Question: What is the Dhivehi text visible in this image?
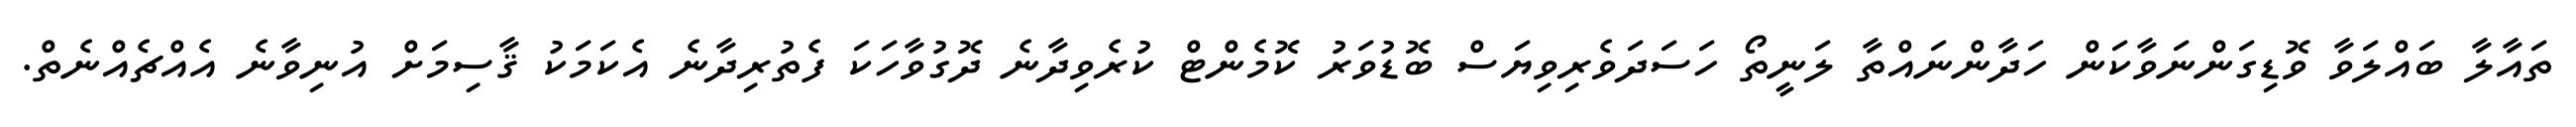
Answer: ތައާލާ ބައްލަވާ ވޮޑިގަންނަވާކަން ހަދާންނައްތާ ލަނީތޯ ހަސަދަވެރިވިޔަސް ބޮޑުވަރު ކޮމެންޓް ކުރެވިދާނެ ދޮގުވާހަކަ ފެތުރިދާނެ އެކަމަކު ޤާސިމަށް އުނިވާނެ އެއްޗެއްނެތް.